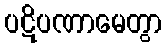
ပဋိပဏာမေတွာ